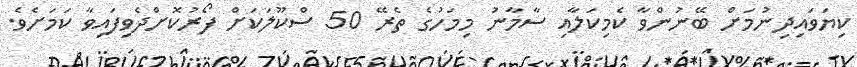
ކިޔަވައިދިނުމަށް ބޭނުންވާ ކެމިކަލާއި ސާމާނު މިމަހުގެ ތެރޭ 50 ސްކޫލަކަށް ފޯރުކޮށްދެވިފައިވާ ކަމަށެވެ.